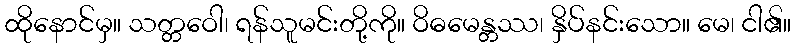
ထိုနောင်မှ။ သတ္တဝေါ၊ ရန်သူမင်းတို့ကို။ ဝိဓမေန္တဿ၊ နှိပ်နင်းသော။ မေ၊ ငါ၏။